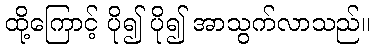
ထို့ကြောင့် ပို၍ ပို၍ အာသွက်လာသည်။